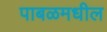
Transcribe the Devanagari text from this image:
पाबळमधील